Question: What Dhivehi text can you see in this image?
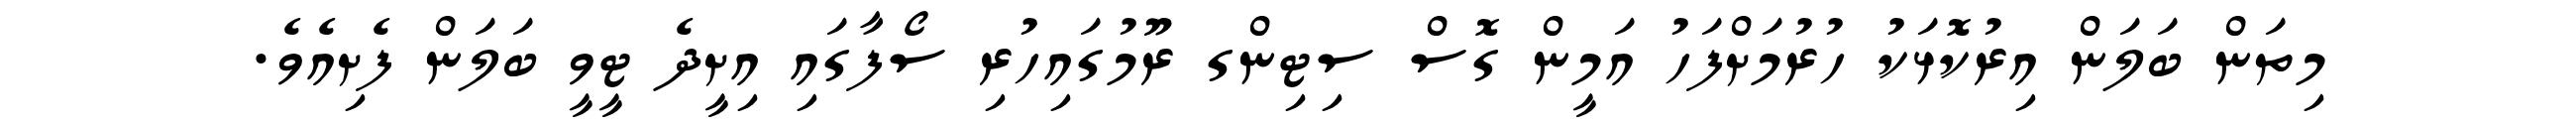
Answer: މިތަން ބަލަން އިރުކޮޅަކު ހުރުމަށްފަހު އަމީން ގޮސް ސިޓިންގ ރޫމުގައިހުރި ސޯފާގައި އިށީދެ ޓީވީ ބަލަން ފެށިއެވެ.